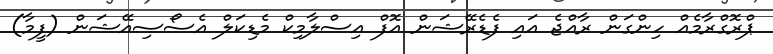
ޕްރޮގްރާމެއް ހިންގަން ރާއްޖެ އައި ފެޑެރޭޝަން އޮފް އިސްލާމިކް މެޑިކަލް އެސޯސިއޭޝަން (ފީމާ)